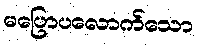
မပြောပလောက်သော